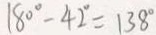
1 8 0 ^ { \circ } - 4 2 ^ { \circ } = 1 3 8 ^ { \circ }